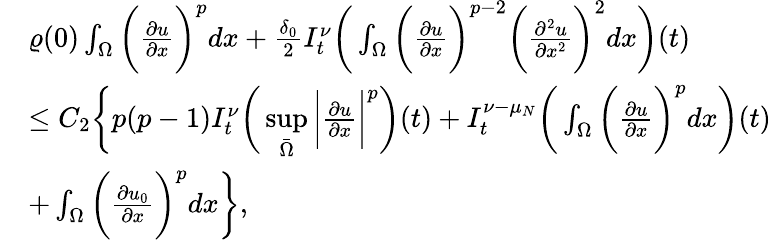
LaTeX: \begin{array}{rl}&{\varrho(0)\int_{\Omega}\bigg(\frac{\partial u}{\partial x}\bigg)^{p}dx+\frac{\delta_{0}}{2}I_{t}^{\nu}\bigg(\int_{\Omega}\bigg(\frac{\partial u}{\partial x}\bigg)^{p-2}\bigg(\frac{\partial^{2}u}{\partial x^{2}}\bigg)^{2}dx\bigg)(t)}\\ &{\leq C_{2}\bigg\{ p(p-1)I_{t}^{\nu}\bigg(\underset{\bar{\Omega}}{\operatorname*{sup}}\bigg|\frac{\partial u}{\partial x}\bigg|^{p}\bigg)(t)+I_{t}^{\nu-\mu_{N}}\bigg(\int_{\Omega}\bigg(\frac{\partial u}{\partial x}\bigg)^{p}dx\bigg)(t)}\\ &{+\int_{\Omega}\bigg(\frac{\partial u_{0}}{\partial x}\bigg)^{p}dx\bigg\} ,}\end{array}